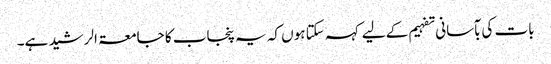
بات کی بآسانی تفہیم کے لیے کہہ سکتا ہوں کہ یہ پنجاب کا جامعۃ الرشید ہے۔